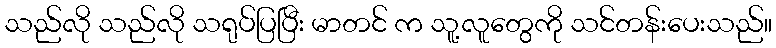
သည်လို သည်လို သရုပ်ပြပြီး မာတင် က သူ့လူတွေကို သင်တန်းပေးသည်။